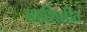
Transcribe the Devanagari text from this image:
तहशिलींत